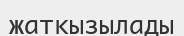
жаткызылады